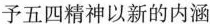
予五四精神以新的内涵